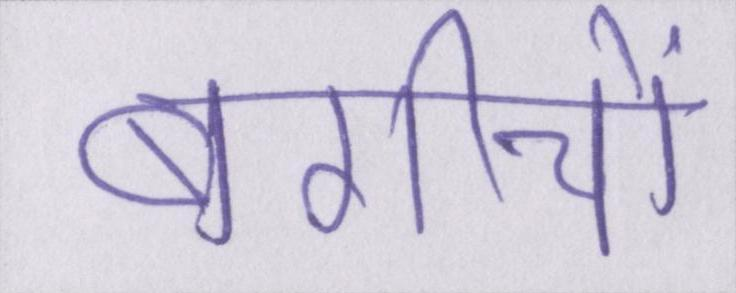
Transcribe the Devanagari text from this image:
बगीचों